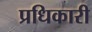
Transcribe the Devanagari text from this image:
प्रधिकारी